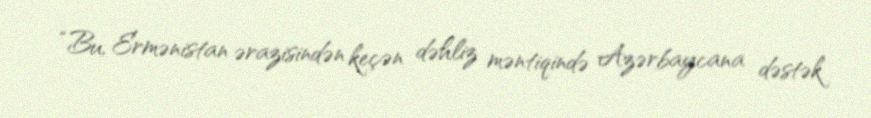
“Bu, Ermənistan ərazisindən keçən dəhliz məntiqində Azərbaycana dəstək